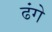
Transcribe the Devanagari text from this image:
ढंगे